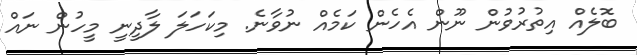
ބޮލެެެއް އިތުރުވުން ނޫން އެހެން ކަމެއް ނުވާނެ. މިކަހަލަ ލާދީނީ މީހުން ނައް